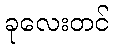
ခုလေးတင်